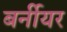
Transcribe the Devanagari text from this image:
बर्नीयर